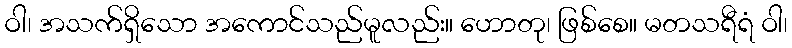
ဝါ၊ အသက်ရှိသော အကောင်သည်မူလည်း။ ဟောတု၊ ဖြစ်စေ။ မတသရီရံ ဝါ၊